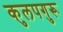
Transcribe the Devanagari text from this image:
कुलपगुरू